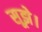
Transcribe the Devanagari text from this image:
सूझे।